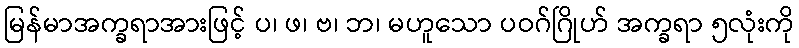
မြန်မာအက္ခရာအားဖြင့် ပ၊ ဖ၊ ဗ၊ ဘ၊ မဟူသော ပဝဂ်ဂြိုဟ် အက္ခရာ ၅လုံးကို